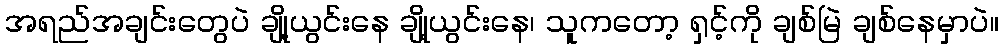
အရည်အချင်းတွေပဲ ချို့ယွင်းနေ ချို့ယွင်းနေ၊ သူကတော့ ရှင့်ကို ချစ်မြဲ ချစ်နေမှာပဲ။